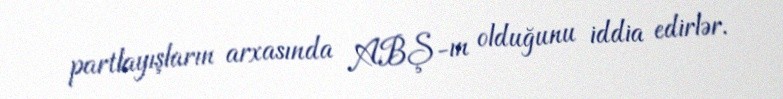
partlayışların arxasında ABŞ-ın olduğunu iddia edirlər.